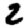
Digit: 2